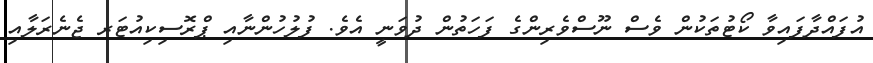
އުފައްދާފައިވާ ކޯޓުތަކުން ވެސް ނޫސްވެރިންގެ ފަހަތުން ދުވަނީ އެވެ. ފުލުހުންނާއި ޕްރޮސިކިއުޓަރ ޖެނެރަލާއި